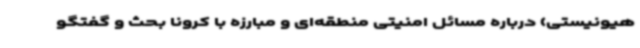
هیونیستی) درباره مسائل امنیتی منطقه‌ای و مبارزه با کرونا بحث و گفتگو